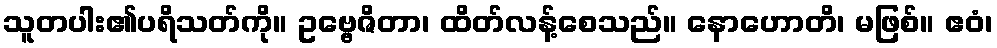
သူတပါး၏ပရိသတ်ကို။ ဥဗ္ဗေဇိတာ၊ ထိတ်လန့်စေသည်။ နောဟောတိ၊ မဖြစ်။ ဧဝံ၊